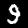
Label: 9